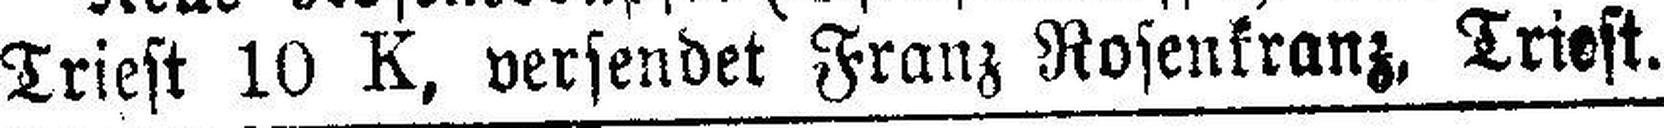
Triest 10 K, versendet Franz Rosenkranz, Triest.